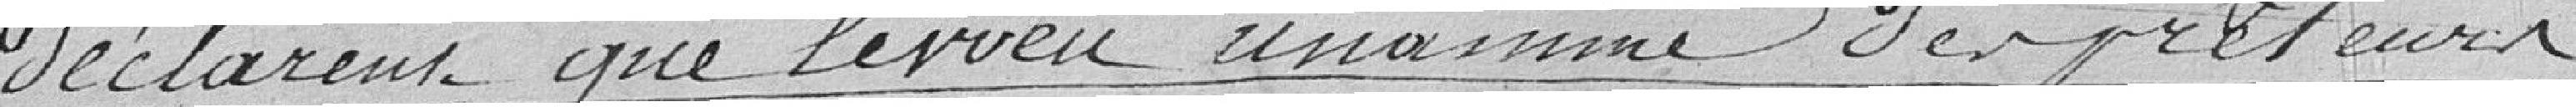
déclarent que le vœu unanime d'emprunteur